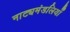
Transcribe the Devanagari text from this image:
नाट्यमंडलियाँ